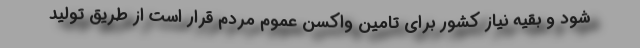
شود و بقیه نیاز کشور برای تامین واکسن عموم مردم قرار است از طریق تولید